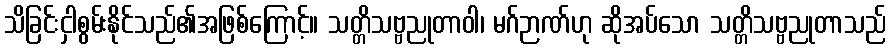
သိခြင်းငှါစွမ်းနိုင်သည်၏အဖြစ်ကြောင့်။ သတ္တိသဗ္ဗညုတာဝါ၊ မဂ်ဉာဏ်ဟု ဆိုအပ်သော သတ္တိသဗ္ဗညုတာသည်